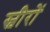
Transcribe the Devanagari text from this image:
स्वीरों